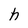
Character: h